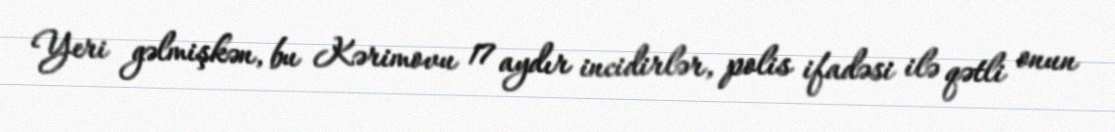
Yeri gəlmişkən, bu Kərimovu 17 aydır incidirlər, polis ifadəsi ilə qətli onun